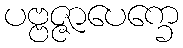
ပဗ္ဗဇ္ဇာပေက္ခေ